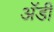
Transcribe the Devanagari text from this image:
अॅडी